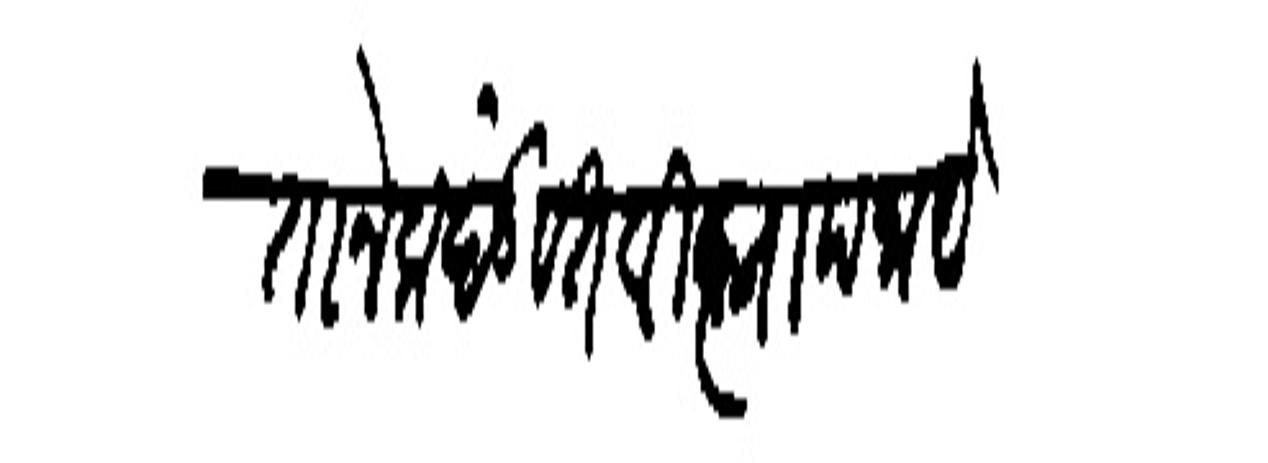
Transliteration (Devanagari): कृतानेक दंडवत विज्ञापना येथील